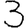
Digit: 3